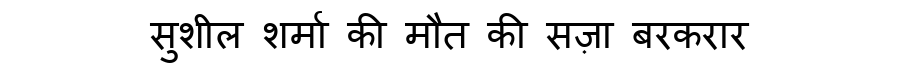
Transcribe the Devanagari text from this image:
सुशील शर्मा की मौत की सज़ा बरकरार